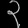
Digit: ၃